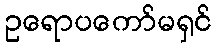
ဥရောပကော်မရှင်